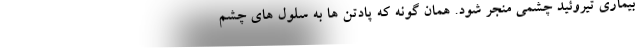
بیماری تیروئید چشمی منجر شود. همان گونه که پادتن ها به سلول های چشم